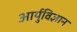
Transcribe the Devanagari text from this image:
आर्युविज्ञान